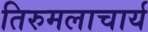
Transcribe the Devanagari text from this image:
तिरुमलाचार्य